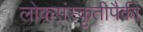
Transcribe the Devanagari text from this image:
लोकसंस्कृतीपैकी